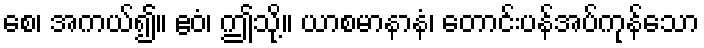
စေ၊ အကယ်၍။ ဧဝံ၊ ဤသို့။ ယာစမာနာနံ၊ တောင်းပန်အပ်ကုန်သော